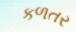
કળતર